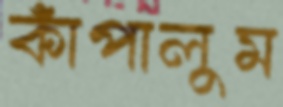
কাঁপালুম